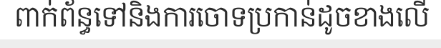
ពាក់ព័ន្ធទៅនិងការចោទប្រកាន់ដូចខាងលើ